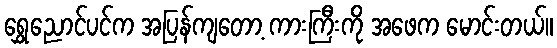
ရွှေညောင်ပင်က အပြန်ကျတော့ ကားကြီးကို အဖေက မောင်းတယ်။